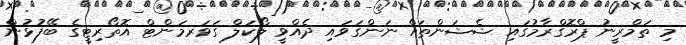
މި ތަމްރީނު ޕްރޮގްރާމުގައި ޝެޝަންތައް ނަންގަވައި ދެއްވީ ލޯކަލް ގަވަރމަންޓް އޮތޯރިޓީގެ ބޭފުޅުން